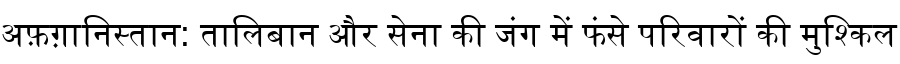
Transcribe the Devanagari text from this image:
अफ़ग़ानिस्तान: तालिबान और सेना की जंग में फंसे परिवारों की मुश्किल